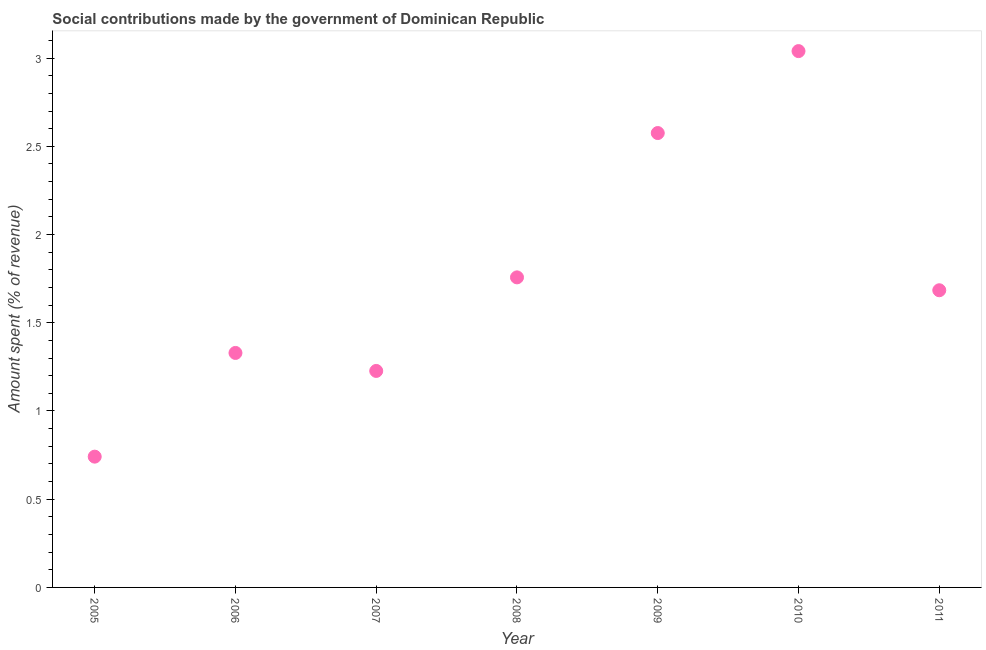
| Year | Social contributions |
 | --- | --- |
 | 2005 | 0.741 |
 | 2006 | 1.33 |
 | 2007 | 1.23 |
 | 2008 | 1.76 |
 | 2009 | 2.58 |
 | 2010 | 3.04 |
 | 2011 | 1.68 |